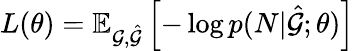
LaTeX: L(\theta)=\mathbb{E}_{\mathcal{G},\hat{\mathcal{G}}}\left[-\log p(N|\hat{\mathcal{G}};\theta)\right]